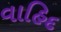
વાહિદ